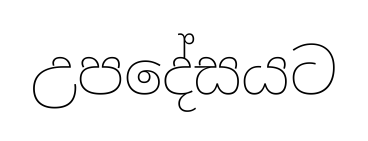
උපදේසයට